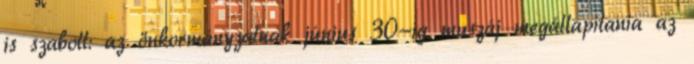
is szabott: az önkormányzatnak június 30-ig muszáj megállapítania az